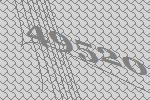
49520